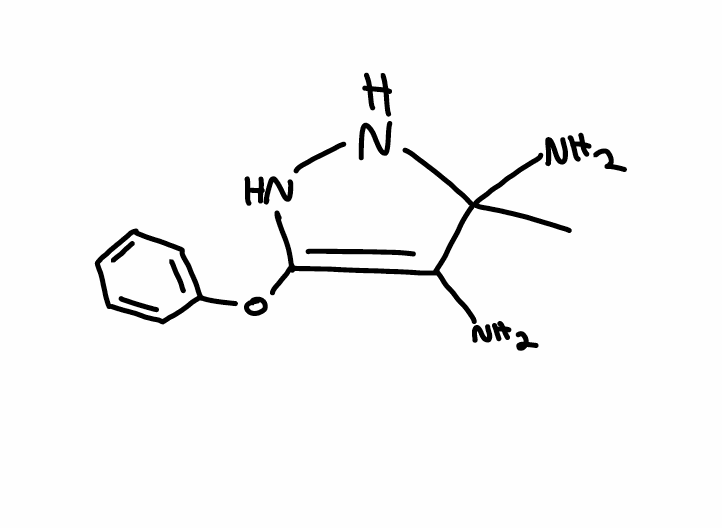
Simplified molecular-input line-entry system (SMILES) notation of the given molecule:
CC1(C(=C(NN1)OC2=CC=CC=C2)N)N